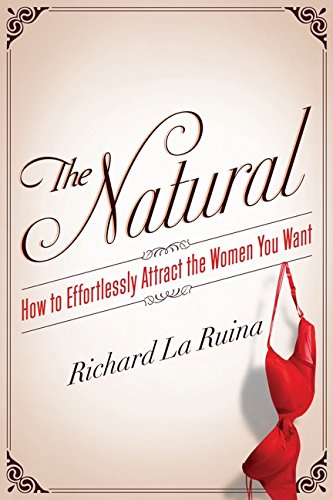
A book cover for The Natural: How to Effortlessly Attract the Women You Want; Richard La Ruina; Self-Help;